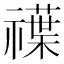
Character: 𥜈